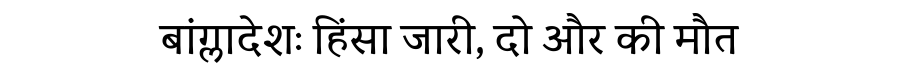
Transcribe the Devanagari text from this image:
बांग्लादेशः हिंसा जारी, दो और की मौत